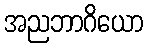
အညဘာဂိယော